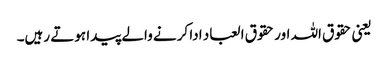
یعنی حقوق اللہ اور حقوق العباد ادا کرنے والے پیدا ہوتے رہیں۔